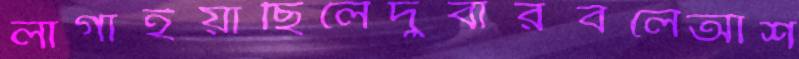
লাগাইয়াছিলেদুবারবলেআশ